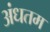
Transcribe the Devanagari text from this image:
अंधतम